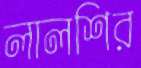
লালশির